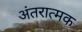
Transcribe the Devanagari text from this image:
अंतरात्मक